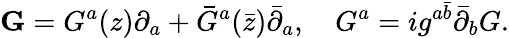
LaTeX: {\mathbf G}=G^{a}(z)\partial_{a}+{\bar{G}}^{a}({\bar{z}}){\bar{\partial}}_{a},\quad G^{a}=ig^{a\bar{b}}{\bar{\partial}}_{b}G.